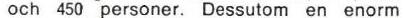
och 450 personer. Dessudom en enorm